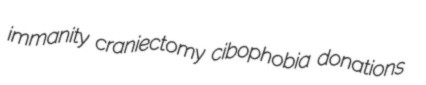
immanity craniectomy cibophobia donations